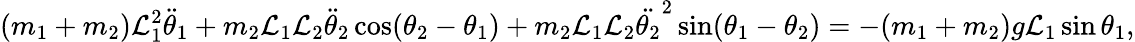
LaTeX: (m_{1}+m_{2})\mathcal{L}_{1}^{2}{\ddot{{\theta}}}_{1}+m_{2}\mathcal{L}_{1}\mathcal{L}_{2}{\ddot{{\theta}}}_{2}\cos(\theta_{2}-\theta_{1})+m_{2}\mathcal{L}_{1}\mathcal{L}_{2}{\ddot{{\theta_{2}}}}^{2}\sin(\theta_{1}-\theta_{2})=-(m_{1}+m_{2})g\mathcal{L}_{1}\sin\theta_{1},